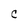
Character: C